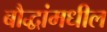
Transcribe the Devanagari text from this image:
बौद्धांमधील